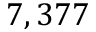
7 , 3 7 7